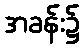
အခန်း၌